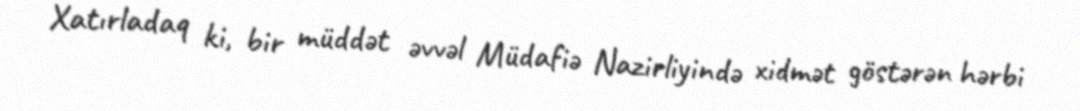
Xatırladaq ki, bir müddət əvvəl Müdafiə Nazirliyində xidmət göstərən hərbi